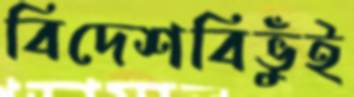
বিদেশবিভুঁই